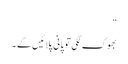
“
بھوک لگی تو پانی پلائیں گے ۔